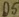
Text: D5